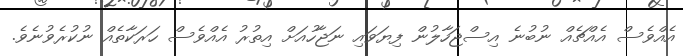
އެއްވެސް އެއްޗެއް ނުބުނެ އިސްޖަހާލުން ފިޔަވައި ނަޖާހުއަށް އިތުރު އެއްވެސް ހަރަކާތެއް ނުކުރެވުނެވެ.